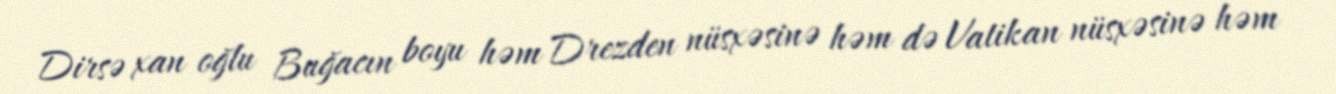
Dirsə xan oğlu Buğacın boyu həm Drezden nüsxəsinə həm də Vatikan nüsxəsinə həm